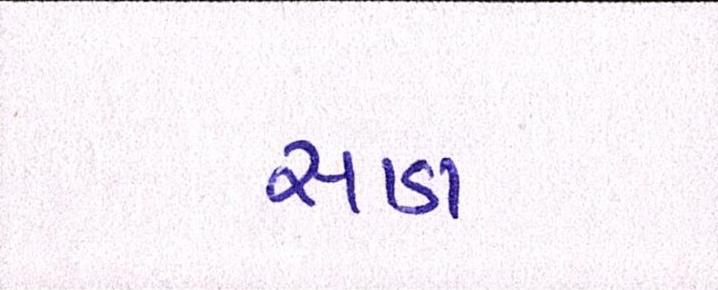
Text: સાડા